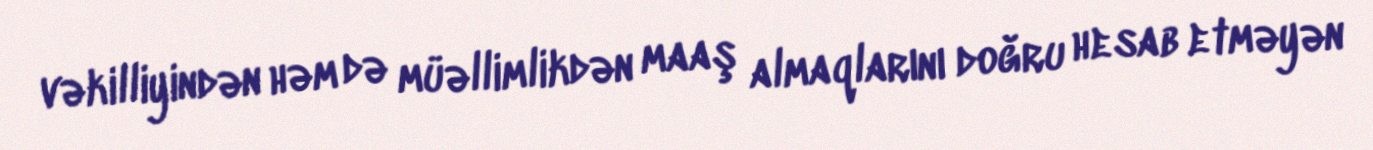
vəkilliyindən həm də müəllimlikdən maaş almaqlarını doğru hesab etməyən